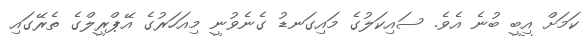
ކަމަށް އިބީ ބުނެ އެވެ. ސައިކަލުގެ މައިގަނޑު ގެނެވުނީ މިއަހަރުގެ އޭޕްރީލްގެ ތެރޭގައި